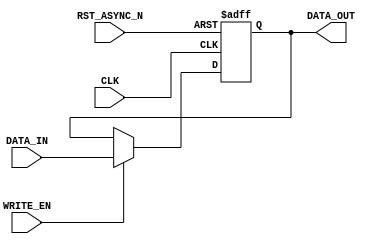
/*-----------------------------------------------------------------------------------
* Date generated: 25/03/2023
* Date modified: 11/05/2023
* Description: Stores the interpolator output line
*----------------------------------------------------------------------------------- */

module reg_int_out (
    CLK,
    RST_ASYNC_N, 
    WRITE_EN,
    DATA_IN,  
    DATA_OUT
);


// ------------------------------------------
// IO declaration
// ------------------------------------------
    input CLK;                              // Clock
    input RST_ASYNC_N;						// Asynchronous reset
    input WRITE_EN;							// Enables writing
    input signed [13:0] DATA_IN;			// Data in
    output reg signed [13:0] DATA_OUT;	    // Data out
    

// ------------------------------------------
// Sequential logic
// ------------------------------------------
always @(posedge CLK, negedge RST_ASYNC_N) begin
if (!RST_ASYNC_N)                        // If rst async is low
    begin
            DATA_OUT <= 14'b0;
    end
    
    else if (WRITE_EN) 		 			    // If write enable is high
    begin
        DATA_OUT <= DATA_IN; 			    // Write data to the register at the specified address
    end 
end

endmodule // reg_int_out